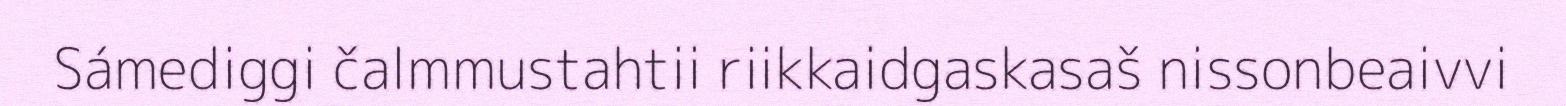
Sámediggi čalmmustahtii riikkaidgaskasaš nissonbeaivvi